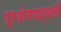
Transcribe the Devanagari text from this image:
प्रयोगपद्धती